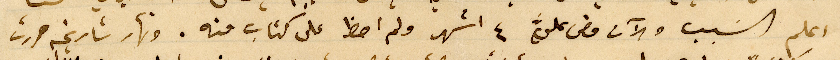
اعلم السبب والآن مضى عليّ ٤ اشهر ولم احظ على كتاب منه. ونهار تاريخه حررت